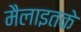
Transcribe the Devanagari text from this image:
मैलाइतके